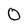
Character: O